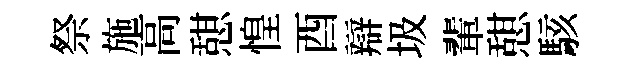
祭施高憇惶酉辯圾輩憇駭